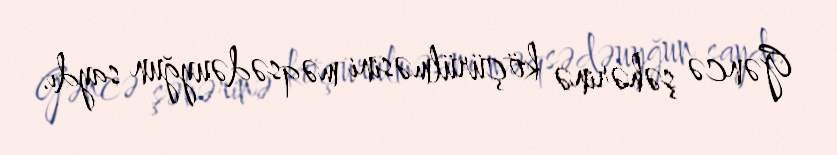
Gəncə şəhərinə köçürülməsini məqsədəuyğun saydı.